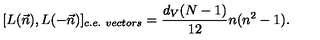
[ L ( \vec { n } ) , L ( - \vec { n } ) ] _ { c . e . \ v e c t o r s } = \frac { d _ { V } ( N - 1 ) } { 1 2 } n ( n ^ { 2 } - 1 ) .